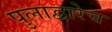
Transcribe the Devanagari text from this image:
पुलाद्वारेच